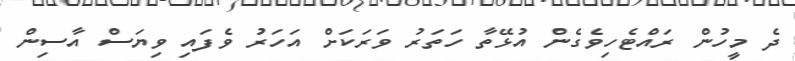
ދެ މީހުން ރައްޓެހިވެގެން އުޅޭތާ ހަތަރު ވަރަކަށް އަހަރު ވެފައި ވިޔަސް އާސިން